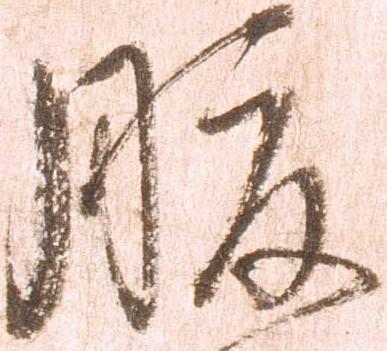
腹